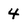
Character: 4